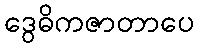
ဒွေဓိကဇာတာပေ